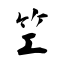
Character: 笁